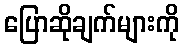
ပြောဆိုချက်များကို